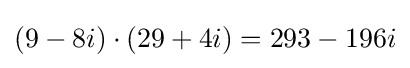
(9-8i)\cdot (29+4i)=293-196i